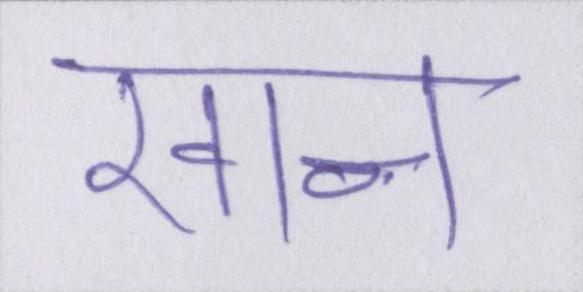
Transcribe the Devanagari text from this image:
खान